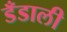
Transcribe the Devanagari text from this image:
डँडाली